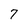
Character: 7